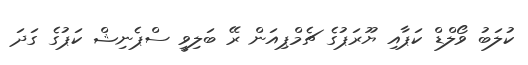
ކުލަބު ވޯލްޑް ކަޕާއި ޔޫރަޕުގެ ޗެމްޕިއަން ރޭ ބަލިވީ ސްޕެނިޝް ކަޕުގެ ގަދަ